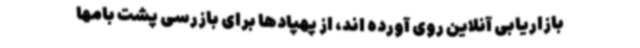
بازاریابی آنلاین روی آورده اند، از پهپادها برای بازرسی پشت بامها